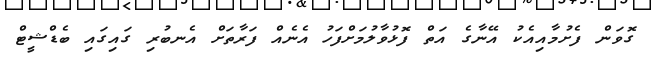
ގޮވަން ފެށުމާއިއެކު އޭނާގެ އަތް ފޮޅުވާލުމަށްފަހު އެނެއް ފަރާތަށް އެނބުރި ގައިގައި ބެޑްޝީޓް